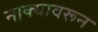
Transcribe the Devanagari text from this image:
नाक्यावरून